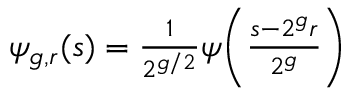
\begin{array} { r } { \psi _ { g , r } ( s ) = \frac { 1 } { 2 ^ { g / 2 } } \psi \biggl ( \frac { s - 2 ^ { g } r } { 2 ^ { g } } \biggr ) } \end{array}